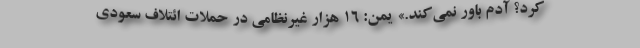
کرد؟ آدم باور نمی‌کند.» یمن: 16 هزار غیرنظامی در حملات ائتلاف سعودی